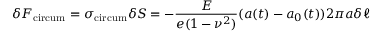
\delta F _ { \mathrm { c i r c u m } } = \sigma _ { \mathrm { c i r c u m } } \delta S = - \frac { E } { e ( 1 - \nu ^ { 2 } ) } ( a ( t ) - a _ { 0 } ( t ) ) 2 \pi a \delta \ell